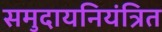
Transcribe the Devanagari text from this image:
समुदायनियंत्रित